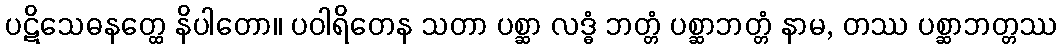
ပဋိသေဓနတ္ထေ နိပါတော။ ပဝါရိတေန သတာ ပစ္ဆာ လဒ္ဓံ ဘတ္တံ ပစ္ဆာဘတ္တံ နာမ, တဿ ပစ္ဆာဘတ္တဿ